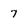
Character: 7